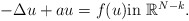
\begin{align*}-\Delta u + a u= f(u) \mbox{in $\mathbb{R}^{N-k}$}.\end{align*}